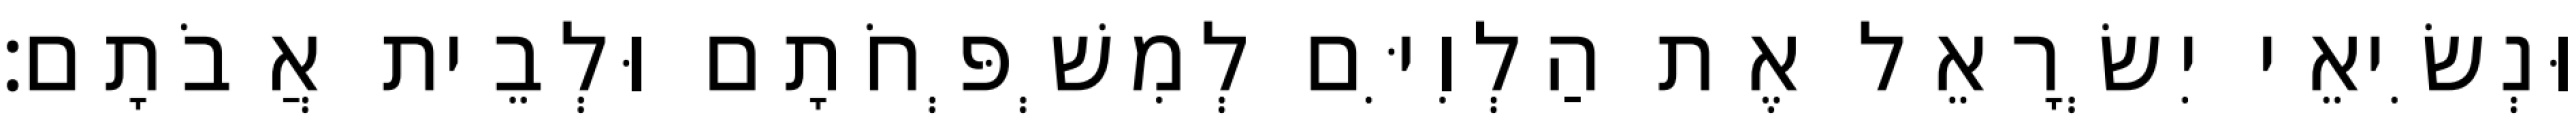
וּנְשִׂיאֵי יִשְׂרָאֵל אֶת הַלְוִיִּם לְמִשְׁפְּחֹתָם וּלְבֵית אֲבֹתָם׃